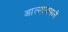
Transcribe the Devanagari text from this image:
आत्मारूपाने